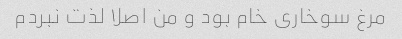
مرغ سوخاری خام بود و من اصلا لذت نبردم